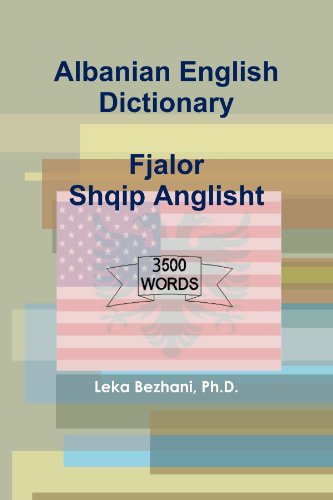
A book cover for Albanian English Dictionary; Ph.D., Leka Bezhani; Reference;